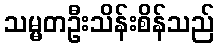
သမ္မတဦးသိန်းစိန်သည်